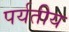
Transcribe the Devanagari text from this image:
पर्यतीय